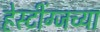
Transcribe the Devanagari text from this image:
हेस्टींग्जच्या